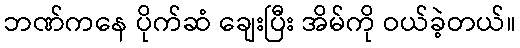
ဘဏ်ကနေ ပိုက်ဆံ ချေးပြီး အိမ်ကို ဝယ်ခဲ့တယ်။